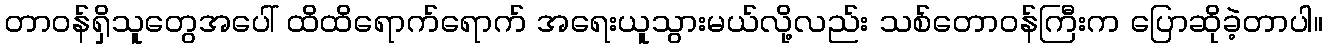
တာဝန်ရှိသူတွေအပေါ် ထိထိရောက်ရောက် အရေးယူသွားမယ်လို့လည်း သစ်တောဝန်ကြီးက ပြောဆိုခဲ့တာပါ။